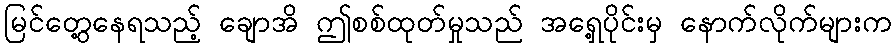
မြင်တွေ့နေရသည့် ချောအိ ဤစစ်ထုတ်မှုသည် အရှေ့ပိုင်းမှ နောက်လိုက်များက